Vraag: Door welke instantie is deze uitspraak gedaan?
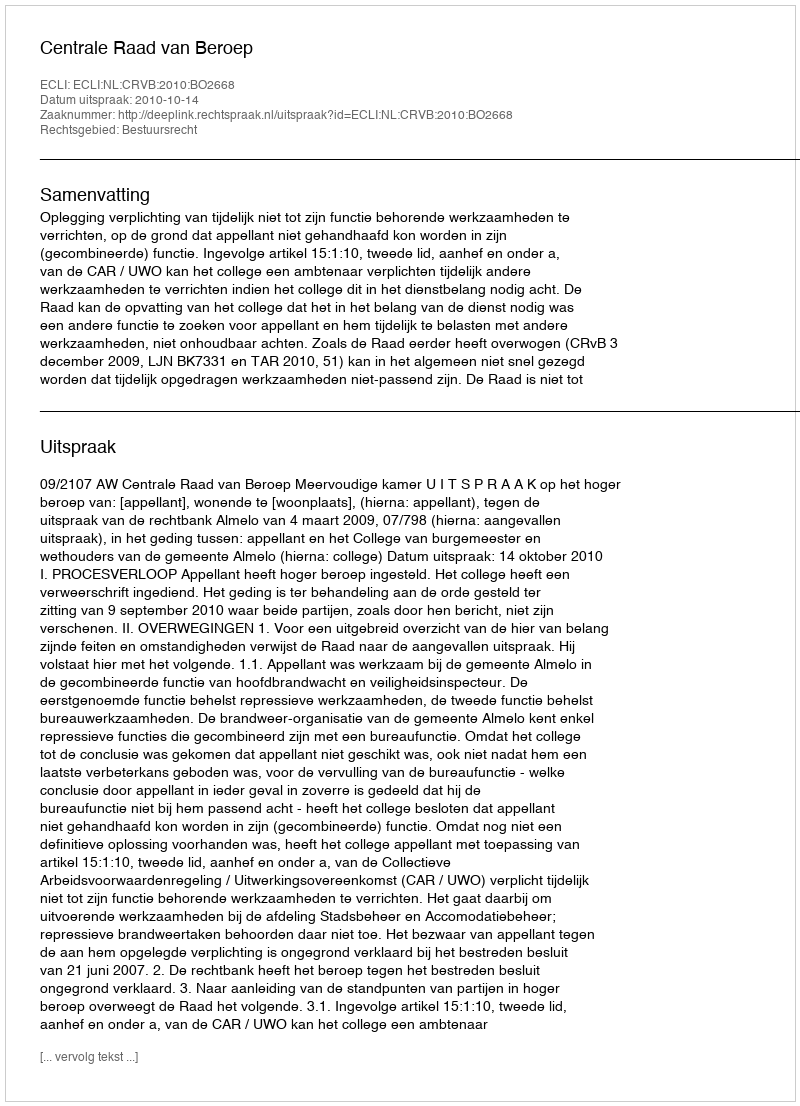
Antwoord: Centrale Raad van Beroep